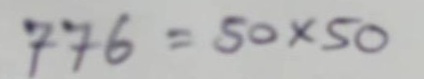
776 = 50x50